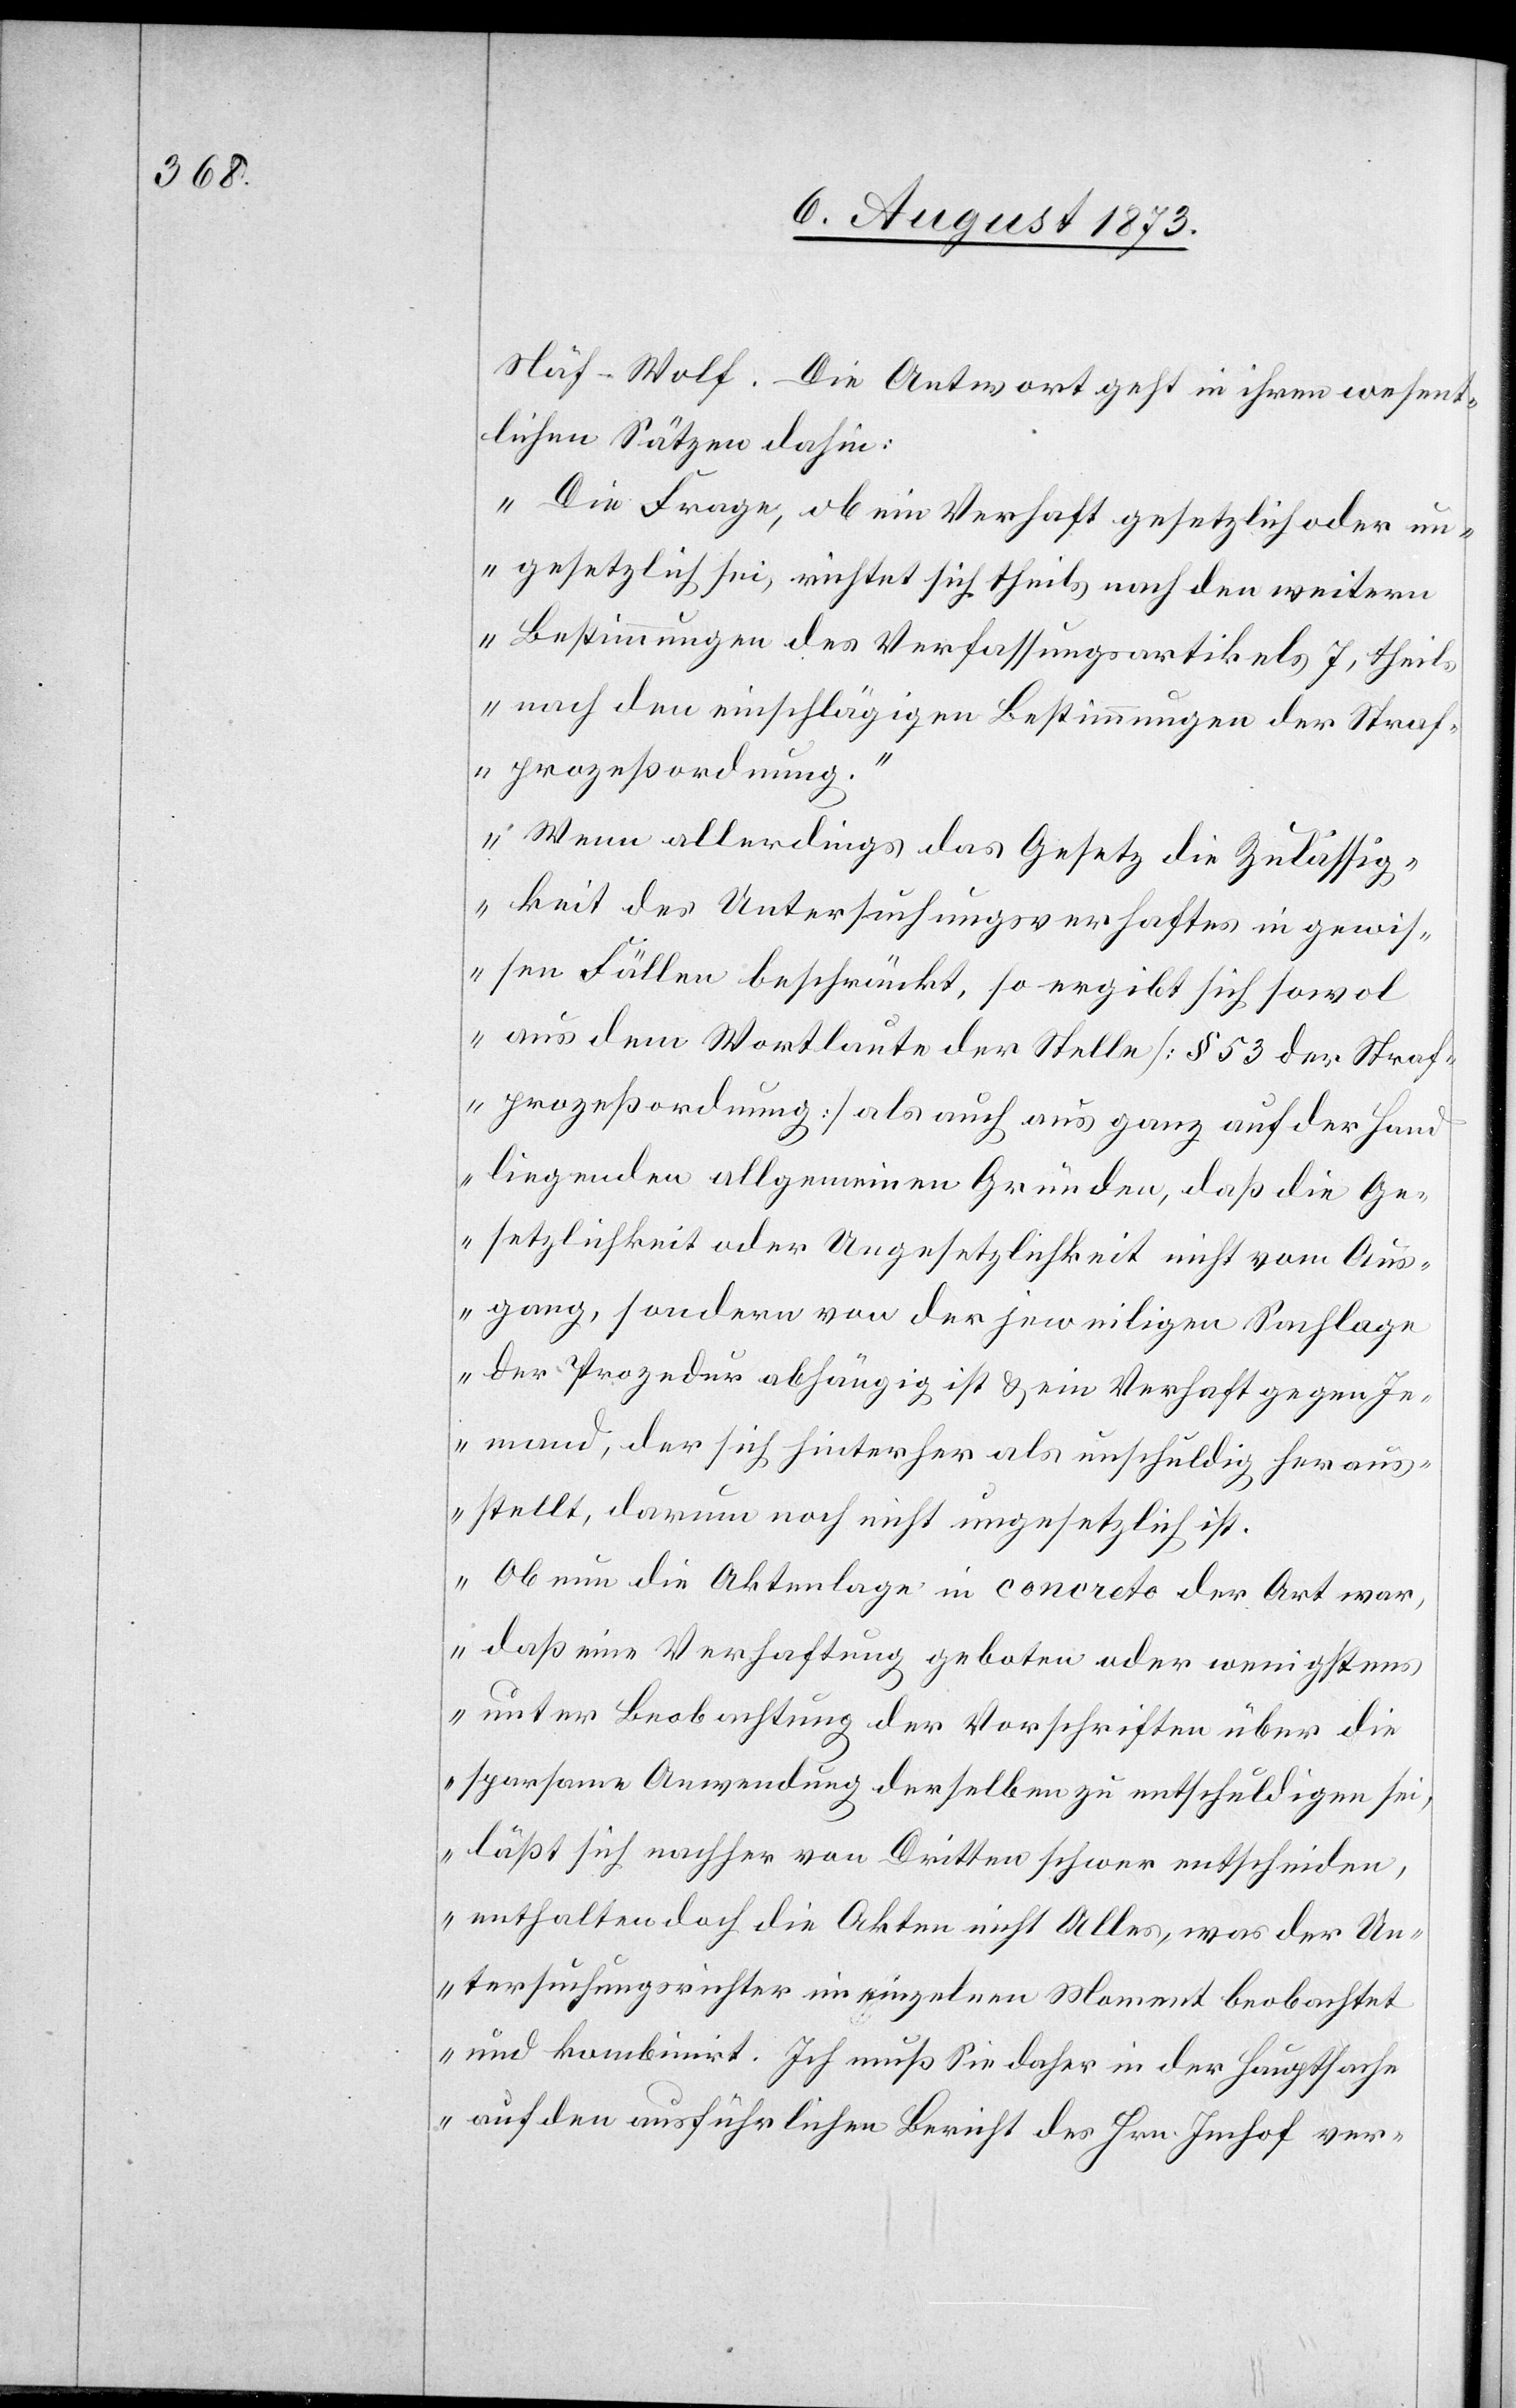
Näf-Wolf. Die Antwort geht in ihren wesent¬
lichen Sätzen dahin:
„Die Frage, ob ein Verhaft gesetzlich oder un¬
gesetzlich sei, richtet sich theils nach den weitern
Bestimmungen des Verfassungsartikels 7, theils
nach den einschlägigen Bestimmungen der Straf¬
prozeßordnung.“
„Wenn allerdings das Gesetz die Zulässig¬
keit des Untersuchungsverhaftes in gewis¬
sen Fällen beschränkt, so ergibt sich sowol
aus dem Wortlaute der Stelle [§ 53 der Straf¬
prozeßordnung] als auch aus ganz auf der Hand
liegenden allgemeinen Gründen, daß die Ge¬
setzlichkeit oder Ungesetzlichkeit nicht vom Aus¬
gang, sondern von der jeweiligen Sachlage
der Prozedur abhängig ist & ein Verhaft gegen Je¬
mand, der sich hinterher als unschuldig heraus¬
stellt, darum noch nicht ungesetzlich ist.
Ob nun die Aktenlage in concreto der Art war,
daß eine Verhaftung geboten oder wenigstens
unter Beobachtung der Vorschriften über die
sparsame Anwendung derselben zu entschuldigen sei,
läßt sich nachher von Dritten schwer entscheiden,
enthalten doch die Akten nicht Alles, was der Un¬
tersuchungsrichter im einzelnen Moment beobachtet
und kombinirt. Ich muß Sie daher in der Hauptsache
auf den ausführlichen Bericht des Hrn. Imhof ver-